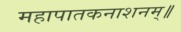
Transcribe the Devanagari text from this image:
महापातकनाशनम्‌॥